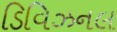
ડિવિઝનલ